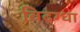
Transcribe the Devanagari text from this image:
विदग्धा